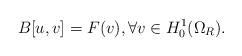
LaTeX: \begin{align*}B[u,v]= F(v), \forall v\in H^1_0(\Omega_R).\end{align*}